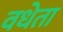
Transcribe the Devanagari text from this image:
वधेता